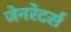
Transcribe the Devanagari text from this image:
जेनरेटर्स